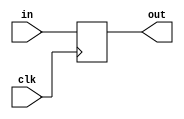
module io_reg(clk, in, out);

    input clk;
    input in;
    output out;
    reg out;

    //reg temp;

    always @(posedge clk)
    begin
        out <= in;
    end
    
    /*always @(posedge clk)
    begin
        out <= temp ;
    end*/
    
endmodule